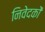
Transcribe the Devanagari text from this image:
निवेदकों